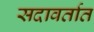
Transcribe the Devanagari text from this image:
सदावर्तात